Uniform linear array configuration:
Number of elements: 32
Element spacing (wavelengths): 0.25
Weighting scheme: hamming
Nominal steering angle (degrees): -30
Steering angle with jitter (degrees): -30.841
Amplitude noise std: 0.05
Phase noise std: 0.05

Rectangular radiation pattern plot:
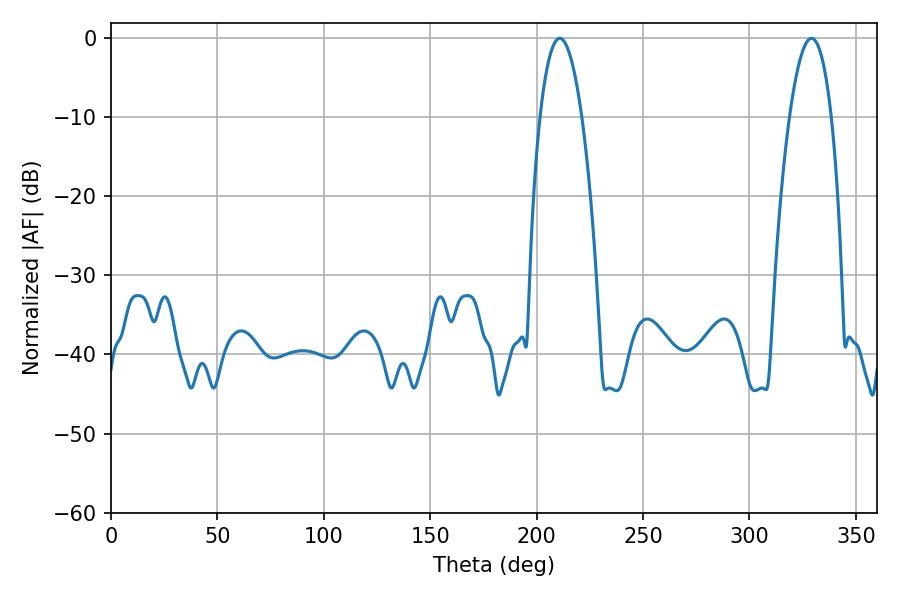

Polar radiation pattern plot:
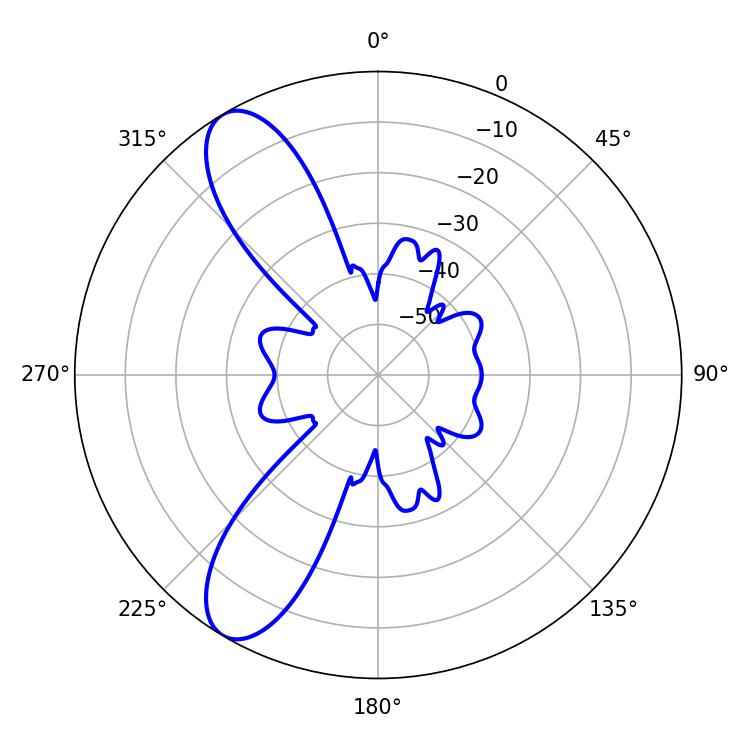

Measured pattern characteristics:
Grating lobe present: FALSE
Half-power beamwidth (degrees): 10.98
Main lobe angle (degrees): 210.78